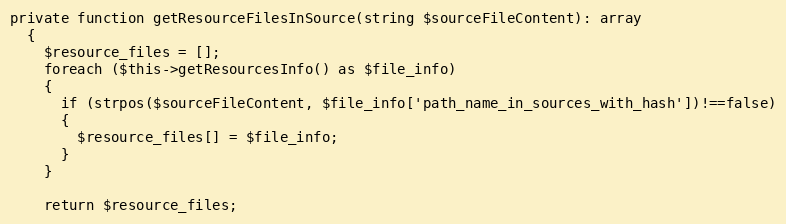
Language: PHP
private function getResourceFilesInSource(string $sourceFileContent): array
  {
    $resource_files = [];
    foreach ($this->getResourcesInfo() as $file_info)
    {
      if (strpos($sourceFileContent, $file_info['path_name_in_sources_with_hash'])!==false)
      {
        $resource_files[] = $file_info;
      }
    }

    return $resource_files;